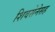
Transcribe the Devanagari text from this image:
शिवसेनेसह